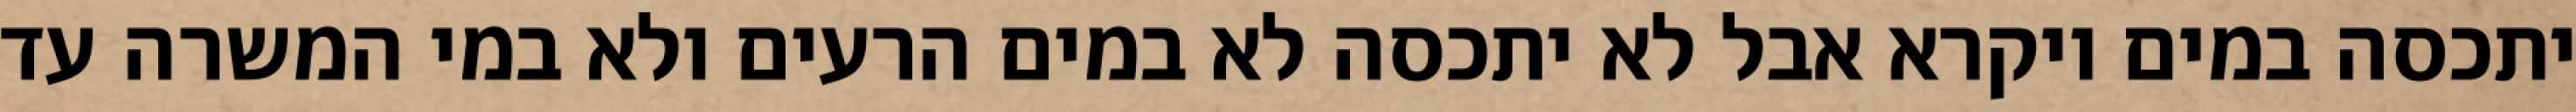
יתכסה במים ויקרא אבל לא יתכסה לא במים הרעים ולא במי המשרה עד